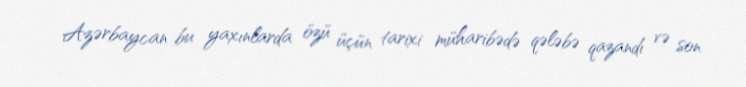
Azərbaycan bu yaxınlarda özü üçün tarixi müharibədə qələbə qazandı və son